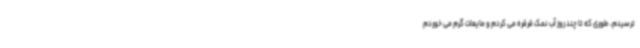
ترسیدم، طوری که تا چند روز آب نمک قرقره می کردم و مایعات گرم می خوردم